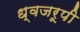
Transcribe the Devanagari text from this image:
ध्वजरूपी